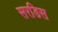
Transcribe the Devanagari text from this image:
सरडिस